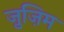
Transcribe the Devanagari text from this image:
ज़ुज़िम